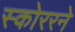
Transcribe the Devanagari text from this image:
स्कोररने